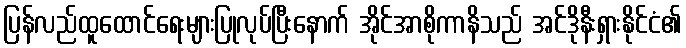
ပြန်လည်ထူထောင်ရေးများပြုလုပ်ပြီးနောက် အိုင်အာစိုကာနိသည် အင်ဒိုနီးရှားနိုင်ငံ၏